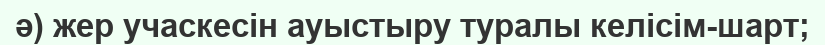
ә) жер учаскесін ауыстыру туралы келісім-шарт;